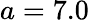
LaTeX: a=7.0